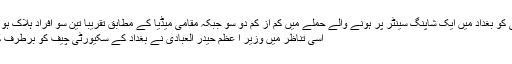
تین جولائی کو بغداد میں ایک شاپنگ سینٹر پر ہونے والے حملے میں کم از کم دو سو جبکہ مقامی میڈیا کے مطابق تقریباً تین سو افراد ہلاک ہو گئے تھے
اسی تناظر میں وزیر ا عظم حیدر العبادی نے بغداد کے سکیورٹی چیف کو برطرف کر دیا ہے۔